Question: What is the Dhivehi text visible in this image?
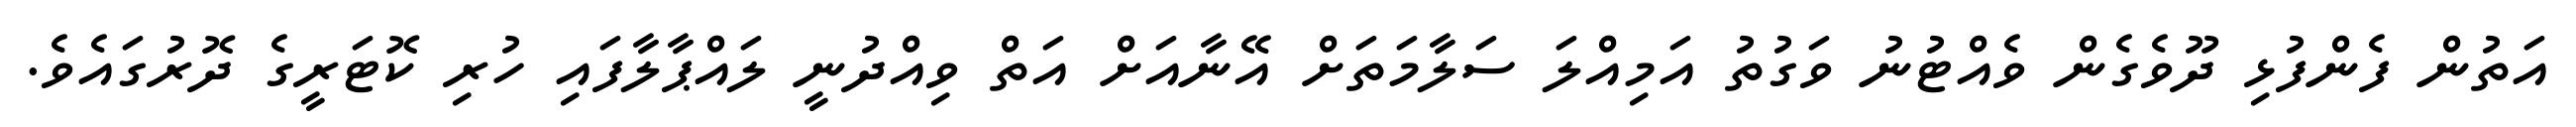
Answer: އަތުން ފެންފުޅި ދޫވެގެން ވެއްޓުނު ވަގުތު އަމިއްލަ ސަލާމަތަށް އޭނާއަށް އަތް ވިއްދުނީ ލައްޕާލާފައި ހުރި ކޮޓަރީގެ ދޮރުގައެވެ.